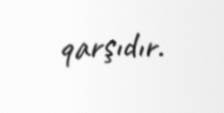
qarşıdır.